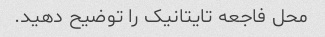
محل فاجعه تایتانیک را توضیح دهید.